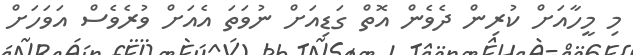
މި މީހާއަށް ކުރިން ދެވެން އޮތް ގަޑިއަށް ނުވަތަ އެއަށް ވުރެވެސް އަވަހަށް